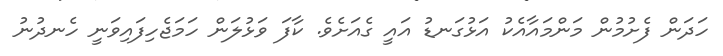
ހަދަން ފެށުމުން މަންމައާއެކު އަޅުގަނޑު އައީ ގެއަށެވެ. ކާފަ ވަޅުލަން ހަމަޖެހިފައިވަނީ ހެނދުނު